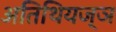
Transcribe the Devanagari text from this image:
अतिथियज्ञ